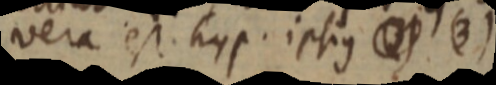
vera est hyp. ipsius _ (3)